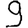
Digit: 9